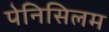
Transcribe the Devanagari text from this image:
पेनिसिलम